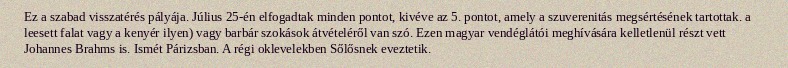
Ez a szabad visszatérés pályája. Július 25-én elfogadtak minden pontot, kivéve az 5. pontot, amely a szuverenitás megsértésének tartottak. a leesett falat vagy a kenyér ilyen) vagy barbár szokások átvételéről van szó. Ezen magyar vendéglátói meghívására kelletlenül részt vett Johannes Brahms is. Ismét Párizsban. A régi oklevelekben Sőlősnek eveztetik.